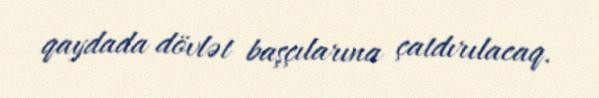
qaydada dövlət başçılarına çatdırılacaq.